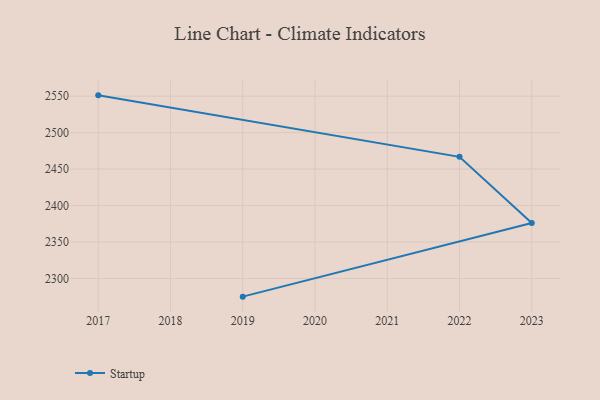
{"axis": {"x": "Year", "y": "Production Output"}, "legend": ["Startup"], "data": [{"x": "2017", "y": 2551.1, "type": "Startup"}, {"x": "2022", "y": 2466.8, "type": "Startup"}, {"x": "2023", "y": 2376.1, "type": "Startup"}, {"x": "2019", "y": 2275.1, "type": "Startup"}]}